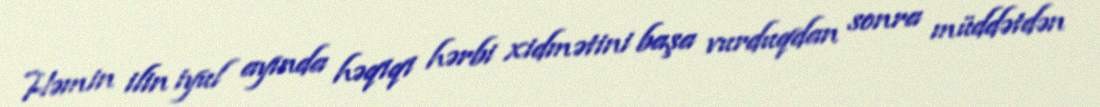
Həmin ilin iyul ayında həqiqi hərbi xidmətini başa vurduqdan sonra müddətdən